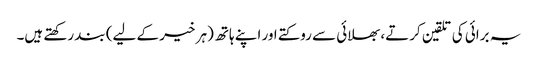
یہ برائی کی تلقین کرتے، بھلائی سے روکتے اور اپنے ہاتھ (ہر خیر کے لیے) بند رکھتے ہیں۔